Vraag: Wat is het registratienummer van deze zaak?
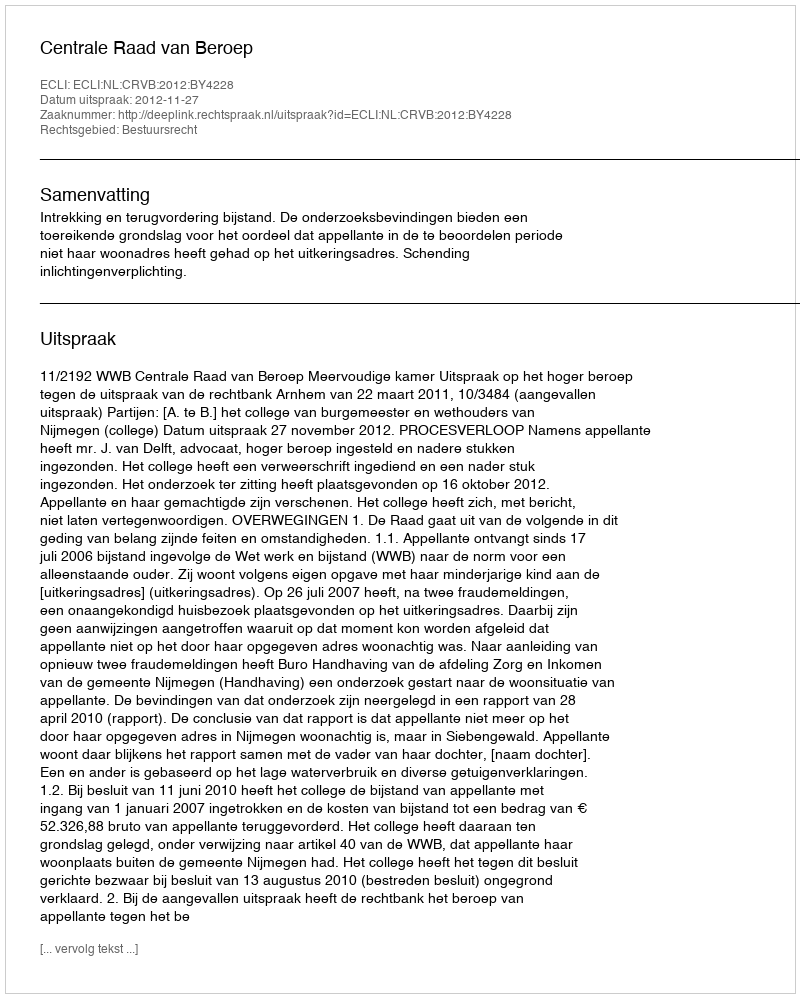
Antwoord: http://deeplink.rechtspraak.nl/uitspraak?id=ECLI:NL:CRVB:2012:BY4228